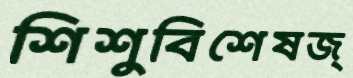
শিশুবিশেষজ্